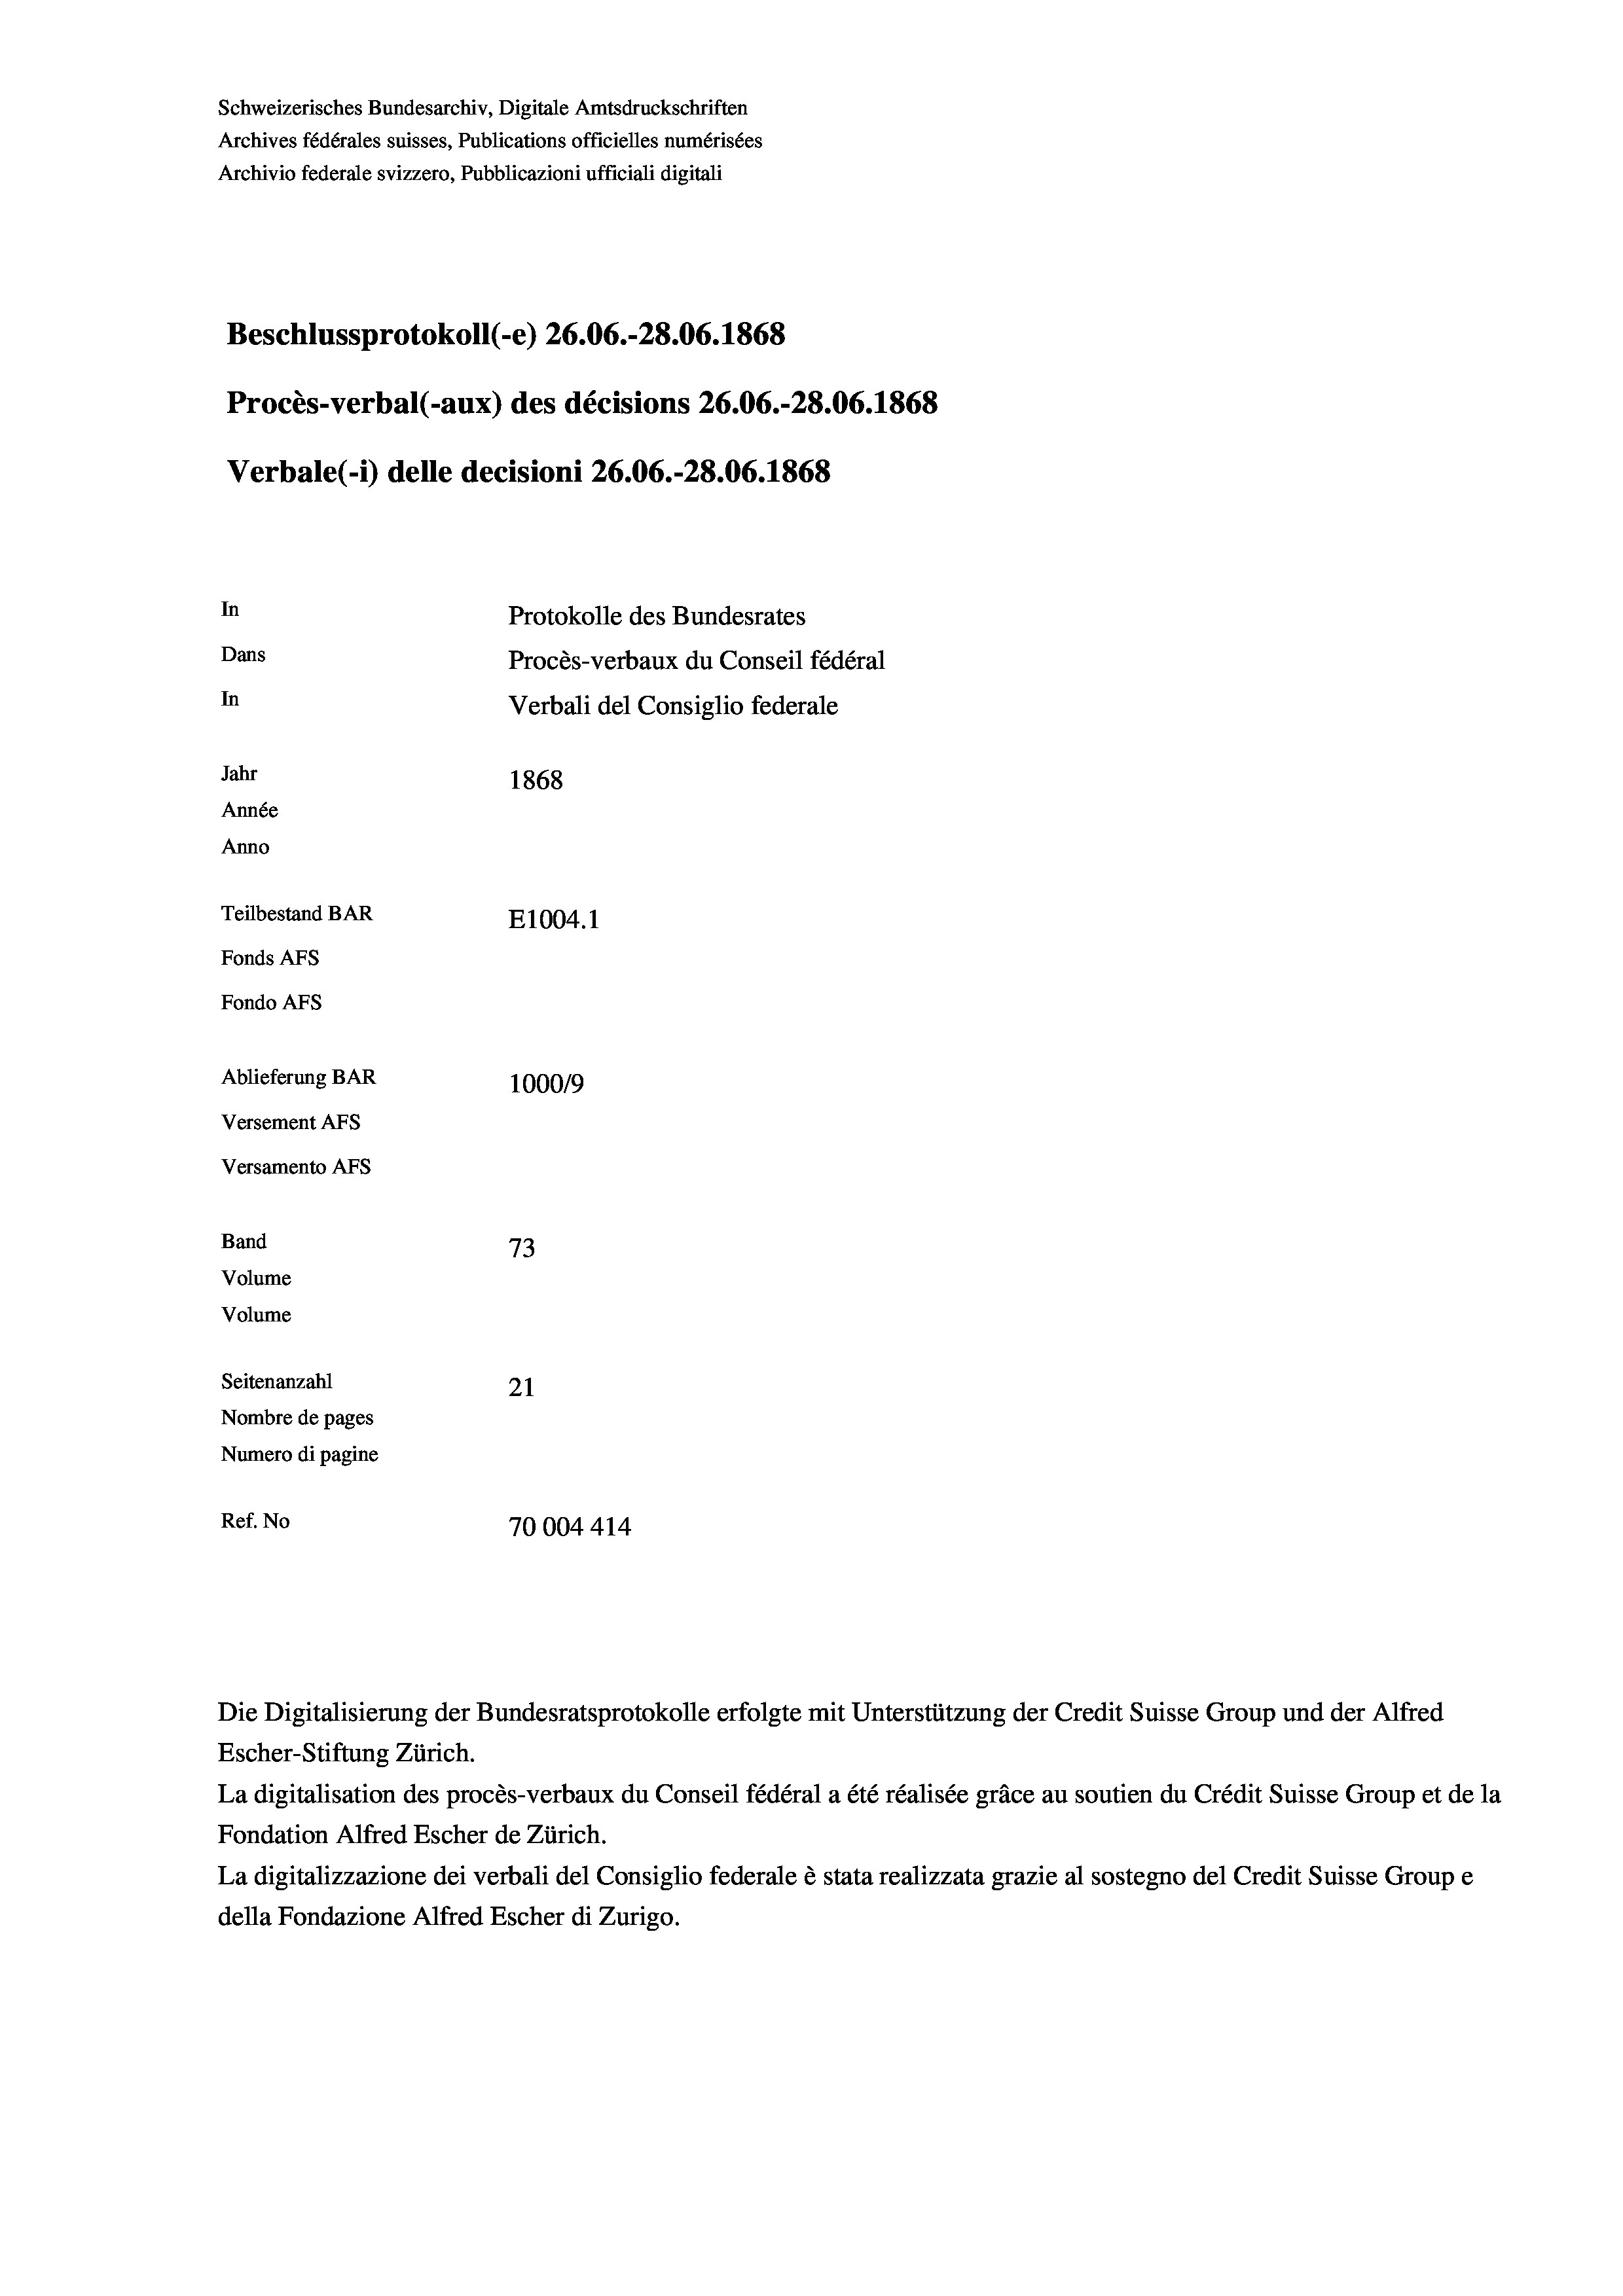
Schweizerisches Bundesarchiv, Digitale Amtsdruckschriften
Archives fédérales suisses, Publications officielles numérisées
Archivio federale svizzero, Pubblicazioni ufficiali digitali
Beschlussprotokoll (-e) 26.06.-28.06. 1868
Procès-verbal (-aux) des décisions 26.06.-28.06. 1868
Verbale (- 1) delle decisioni 26.06.-28.06. 1868
In
Protokolle des Bundesrates
Dans
Procès-verbaux du Conseil fédéral
In
Verbali del Consiglio federale
Jahr
1868
Année
Anno
Teilbestand BAR
E1004. 1
Fonds AFs
Fondo AFS
Ablieferung BAR
100019
Versement AFs
Versamento AFs
Band
73
Volume
Volume
Seitenanzahl
21
Nombre de pages
Numero di pagine
Ref. No
70004414

Die Digitalisierung der Bundesratsprotokolle erfolgte mit Unterstützung der Credit Suisse Group und der Alfred

Escher-Stiftung Zürich.
La digitalisation des procès-verbaux du Conseil fédéral a été réalisée gräce au soutien du Crédit Suisse Group et de la
Fondation Alfred Escher de Zürich.
La digitalizzazione dei verbali del Consiglio federale è stata realizzata grazie al sostegno del Credit Suisse Groupe
della Fondazione Alfred Escher di Zurigo.